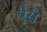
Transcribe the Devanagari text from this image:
एैसे